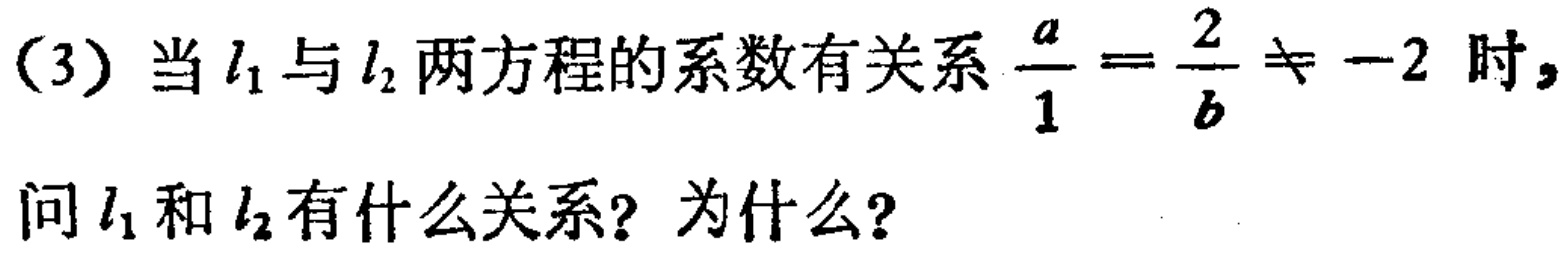
(3) 当 \(l_1\) 与 \(l_2\) 两方程的系数有关系 \(\frac{a}{1}=\frac{2}{b}\neq - 2\) 时，问 \(l_1\) 和 \(l_2\) 有什么关系？为什么？